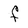
Character: f